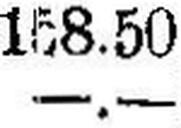
—.—